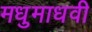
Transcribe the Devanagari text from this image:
मधुमाधवी